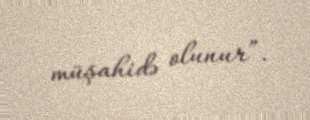
müşahidə olunur”.